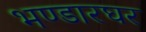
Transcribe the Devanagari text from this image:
भण्डारघर